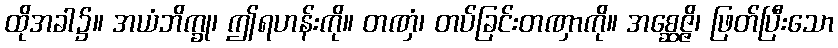
ထိုအခါ၌။ အယံဘိက္ခု၊ ဤရဟန်းကို။ တဏှံ၊ တပ်ခြင်းတဏှာကို။ အစ္ဆေဇ္ဇိ၊ ဖြတ်ပြီးသော